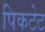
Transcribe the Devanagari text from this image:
पिकटेट